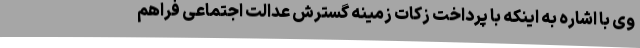
وی با اشاره به اینکه با پرداخت زکات زمینه گسترش عدالت اجتماعی فراهم